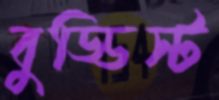
বুড্ডিস্ট